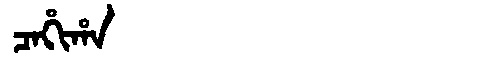
Manchu: ᠴᠠᡥᡳᡥᠠ
Romanization: CAHIHA